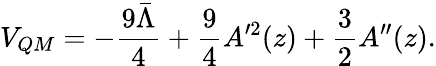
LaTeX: V_{QM}=-\frac{9\bar{\Lambda}}{4}+\frac{9}{4}A^{\prime 2}(z)+\frac{3}{2}A^{\prime\prime}(z).